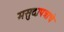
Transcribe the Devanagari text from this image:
मसुदापत्राचे